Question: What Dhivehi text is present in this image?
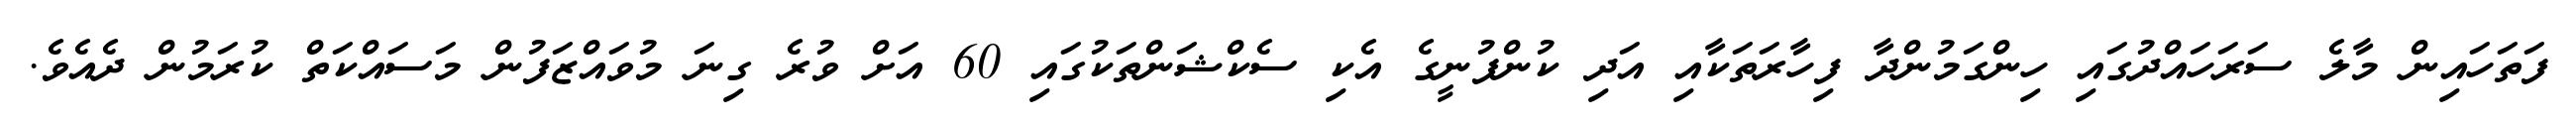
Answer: ފަތަހައިން މާލެ ސަރަހައްދުގައި ހިންގަމުންދާ ފިހާރަތަކާއި އަދި ކުންފުނީގެ އެކި ސެކްޝަންތަކުގައި 60 އަށް ވުރެ ގިނަ މުވައްޒަފުން މަސައްކަތް ކުރަމުން ދެއެވެ.